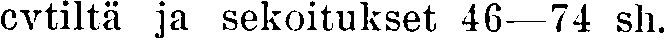
cvtiltä ja sekoitukset 46—74 sh.